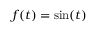
f ( t ) = \sin ( t )